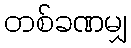
တစ်ခဏမျှ